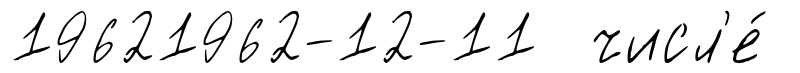
19621962-12-11 числ'е́